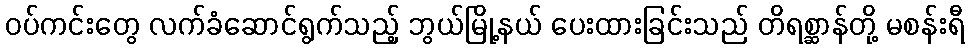
ဝပ်ကင်းတွေ လက်ခံဆောင်ရွက်သည့် ဘွယ်မြို့နယ် ပေးထားခြင်းသည် တိရစ္ဆာန်တို့ မစန်းရီ